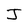
Character: J